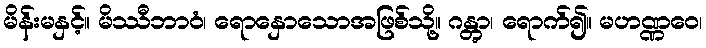
မိန်းမနှင့်။ မိဿီဘာဝံ၊ ရောနှောသောအဖြစ်သို့။ ဂန္တွာ၊ ရောက်၍။ မဟဏ္ဏဝေ၊